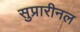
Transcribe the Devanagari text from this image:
सुप्रारीनल